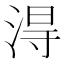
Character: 淂